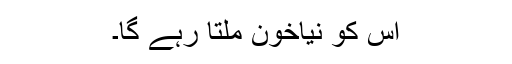
اس کو نیاخون ملتا رہے گا۔